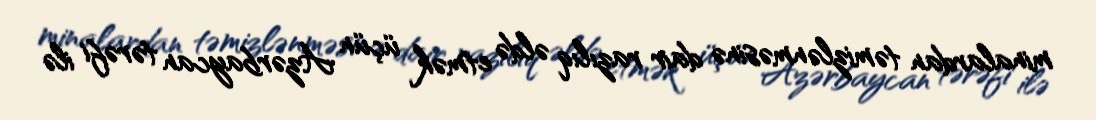
minalardan təmizlənməsinə dair razılıq əldə etmək üçün Azərbaycan tərəfi ilə